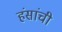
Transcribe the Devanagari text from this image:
हंसांची